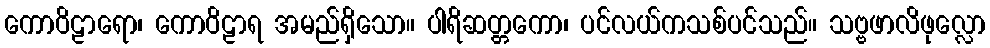
ကောဝိဠာရော၊ ကောဝိဠာရ အမည်ရှိသော။ ပါရိဆတ္တကော၊ ပင်လယ်ကသစ်ပင်သည်။ သဗ္ဗဖာလိဖုလ္လော